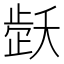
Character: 𬆇